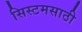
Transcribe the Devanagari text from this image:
सिस्टमसाठी